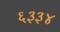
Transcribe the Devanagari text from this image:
६३३४